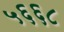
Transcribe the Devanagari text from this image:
५६६८